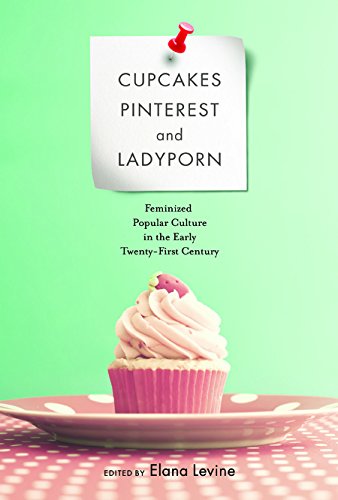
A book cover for Cupcakes, Pinterest, and Ladyporn: Feminized Popular Culture in the Early Twenty-First Century (Feminist Media Studies); Politics & Social Sciences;